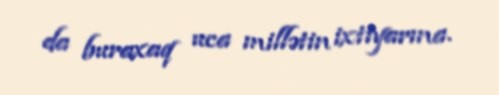
da buraxaq uca millətin ixtiyarına.